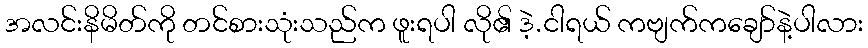
အလင်းနိမိတ်ကို တင်စားသုံးသည်က ဖူးရပါ လို၏ ဒဲ့.ငါရယ် ကဗျက်ကချော်နဲ့ပါလား